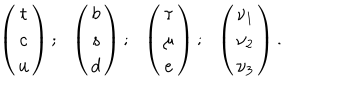
LaTeX: \left( \begin{array} { c } { { t } } \\ { { c } } \\ { { u } } \\ \end{array} \right) ; \ \ \left( \begin{array} { c } { { b } } \\ { { s } } \\ { { d } } \\ \end{array} \right) ; \ \ \left( \begin{array} { c } { { \tau } } \\ { { \mu } } \\ { { e } } \\ \end{array} \right) ; \ \ \left( \begin{array} { c } { { \nu _ { 1 } } } \\ { { \nu _ { 2 } } } \\ { { \nu _ { 3 } } } \\ \end{array} \right) .